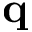
\mathbf { q }